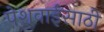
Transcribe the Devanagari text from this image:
पेशवाईसाठी